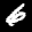
Label: 6